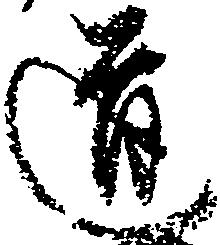
道